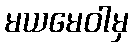
မယမေဝါမှ